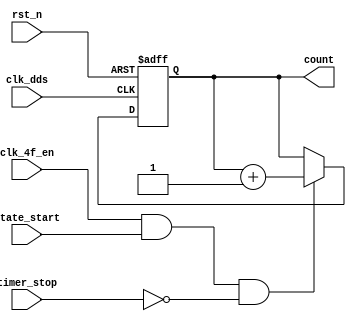
// bri_timer.v
module bri_timer(
                 clk_dds,
                 clk_4f_en,
                 rst_n,
                 state_start,
                 //clk_2f,
                 timer_stop,
                 count
                );
input clk_dds;
input clk_4f_en;//4
input rst_n;
input state_start;
input timer_stop;

//output clk_2f;
output [7:0] count;

//reg clk_2f; 
reg [7:0] count;
/*
always @ (negedge rst_n or posedge clk_4f)
    begin
         if (rst_n == 1'b0)
             clk_2f <= 1'b1;
         else
             clk_2f <= ~clk_2f;
    end
*/
wire clken;

assign clken = clk_4f_en & state_start & (~timer_stop);

always @ (negedge rst_n or posedge clk_dds)
    begin
         if (rst_n == 1'b0)
             count <= 8'b0;
         else
             begin
                  if (clken == 1'b1)

                      count <= count + 1;
                  else
                      count <= count;
//pluse_acqcounthalf
             end
    end

endmodule